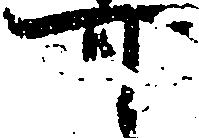
可